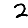
Digit: 2